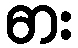
ဓား